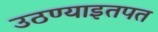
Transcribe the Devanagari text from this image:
उठण्याइतपत